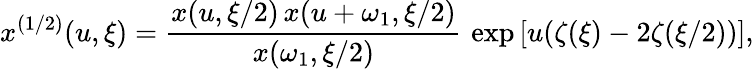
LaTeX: x^{(1/2)}(u,\xi)={\frac{x(u,\xi/2)\, x(u+\omega_{1},\xi/2)}{x(\omega_{1},\xi/2)}}\, \exp{[u(\zeta(\xi)-2\zeta(\xi/2))]},